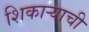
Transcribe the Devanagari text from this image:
शिकाऱ्याची